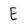
Character: E